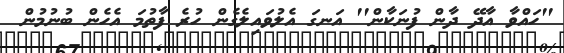
''ހައްވާ އާދޭ ދާން ފުނަކާން'' އަނގަ އެލުވައިލެގެން ހުރެ ފާތުމަ އެހެން ބުނުމުން